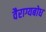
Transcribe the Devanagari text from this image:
वैराग्यबोध